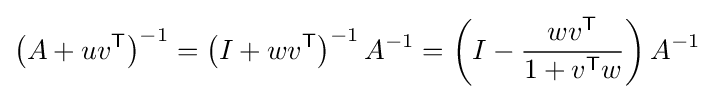
\left(A+uv^{\textsf {T}}\right)^{-1}=\left(I+wv^{\textsf {T}}\right)^{-1}A^{-1}=\left(I-{\frac {wv^{\textsf {T}}}{1+v^{\textsf {T}}w}}\right)A^{-1}